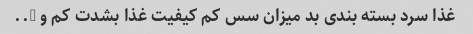
غذا سرد بسته بندی بد میزان سس کم کیفیت غذا بشدت کم و …..